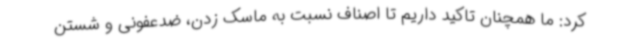
کرد: ما همچنان تاکید داریم تا اصناف نسبت به ماسک‌ زدن، ضدعفونی و شستن